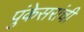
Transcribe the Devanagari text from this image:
पुंकेसरांची